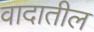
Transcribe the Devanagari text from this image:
वादातील